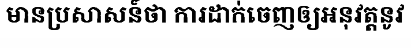
មានប្រសាសន៍ថា ការដាក់ចេញឲ្យអនុវត្តនូវ